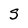
Character: S